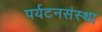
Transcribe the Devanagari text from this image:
पर्यटनसंस्था